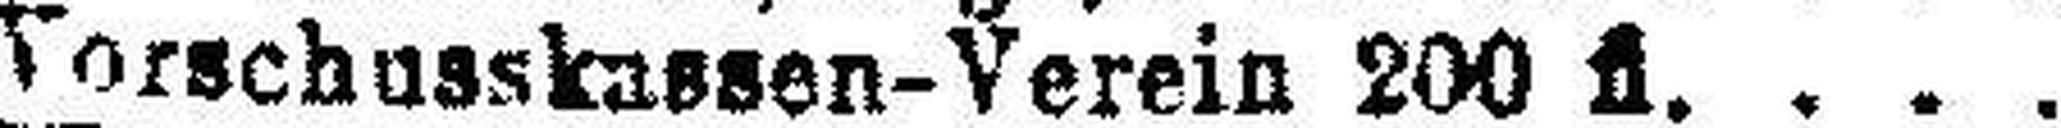
Vorschusskassen-Verein 200 fl.